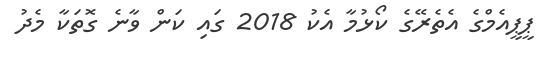
ޕީޕީއެމްގެ އެތެރޭގެ ކޯޅުމާ އެކު 2018 ގައި ކަން ވާނެ ގޮތަކާ މެދު